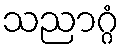
သညာဂ္ဂံ